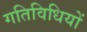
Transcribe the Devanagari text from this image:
गतिविधियों